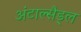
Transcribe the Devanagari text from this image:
अंटाल्सैड्ल